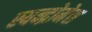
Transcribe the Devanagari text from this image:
स्यन्द्रोमेस